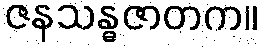
ဇနသန္ဓဇာတက။